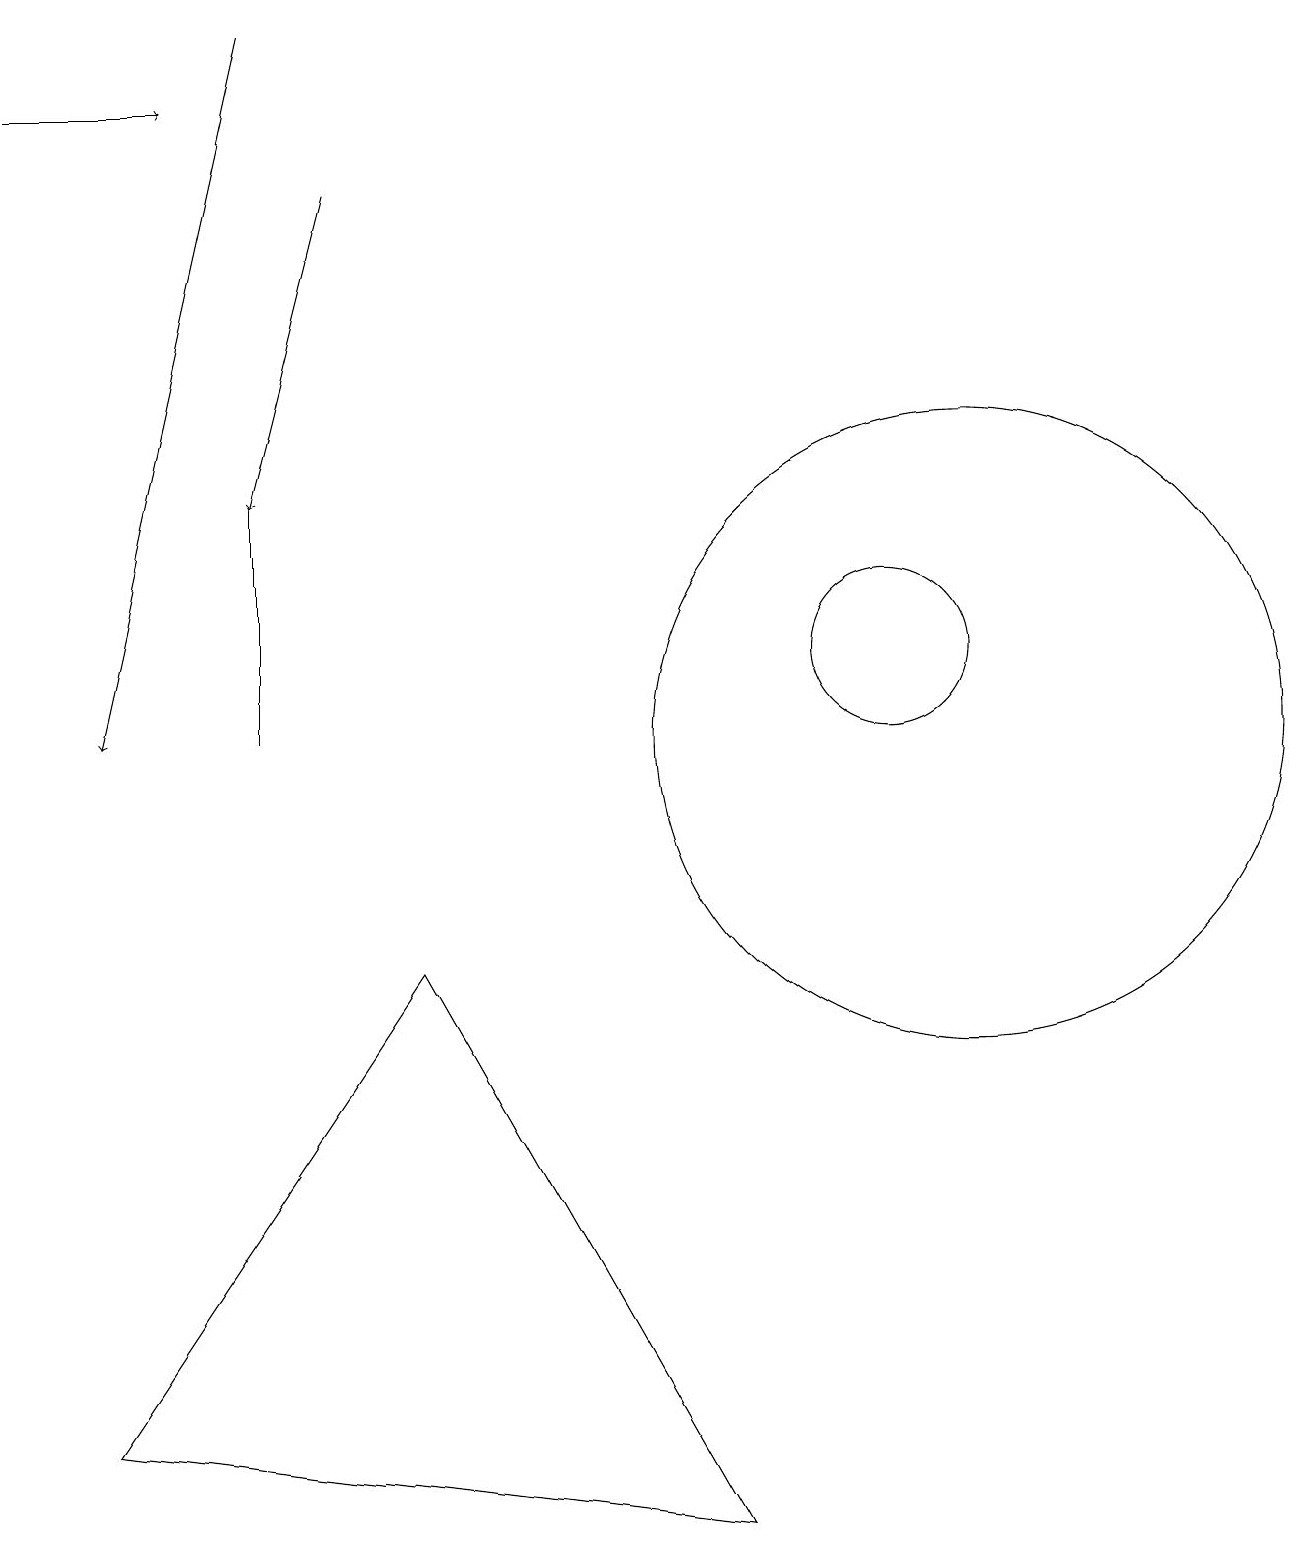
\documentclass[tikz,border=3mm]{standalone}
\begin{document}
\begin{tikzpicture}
\draw[->] (3,19) -- (1,10);
\draw (5,7) -- (9,0) -- (1,1) -- cycle;
\draw[->] (0,18) -- (2,18);
\draw (3,10) rectangle (3,13);
\draw (11,11) circle (1);
\draw[->] (4,17) -- (3,13);
\draw (12,10) circle (4);
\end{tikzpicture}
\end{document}